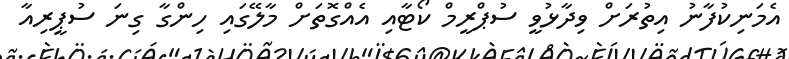
އެމަނިކުފާނު އިތުރަށް ވިދާޅުވީ ސުޕްރީމް ކޯޓާއި އެއްގޮތަށް މާލޭގައި ހިންގާ ގިނަ ސުޕީރިއާ